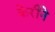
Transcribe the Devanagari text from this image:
केरीने